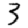
Digit: 3